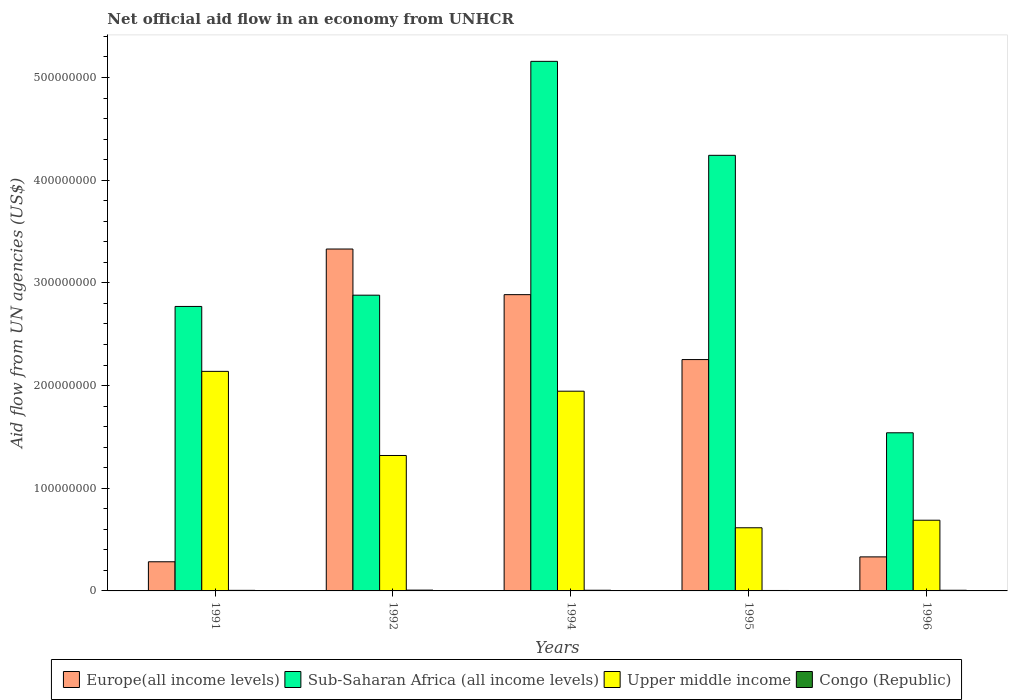
| Years | Europe(all income levels) | Sub-Saharan Africa (all income levels) | Upper middle income | Congo (Republic) |
 | --- | --- | --- | --- | --- |
 | 1991 | 2.84e+07 | 2.77e+08 | 2.14e+08 | 5.5e+05 |
 | 1992 | 3.33e+08 | 2.88e+08 | 1.32e+08 | 7.8e+05 |
 | 1994 | 2.89e+08 | 5.16e+08 | 1.94e+08 | 6.6e+05 |
 | 1995 | 2.25e+08 | 4.24e+08 | 6.15e+07 | 4.3e+05 |
 | 1996 | 3.31e+07 | 1.54e+08 | 6.88e+07 | 6.5e+05 |